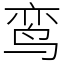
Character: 鸾